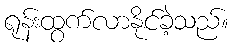
ရုန်းထွက်လာနိုင်ခဲ့သည်။